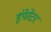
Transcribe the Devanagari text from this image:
इंपेरेटर